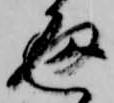
通